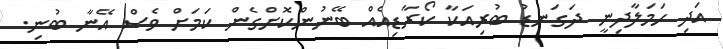
އަދި ހަމަލާދިނީ ދަގަނޑު ބުރިއަކާ ކޯރާޑިއެއް ބޭނުންކޮށްގެން ކަމަށް ވެސް އޭނާ ބުނި.